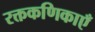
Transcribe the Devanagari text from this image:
रक्तकणिकाएँ